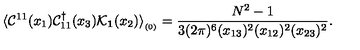
\langle { \cal C } ^ { 1 1 } ( x _ { 1 } ) { \cal C } _ { 1 1 } ^ { \dagger } ( x _ { 3 } ) { \cal K } _ { { \bf 1 } } ( x _ { 2 } ) \rangle _ { _ { ( 0 ) } } = { \frac { N ^ { 2 } - 1 } { 3 ( 2 \pi ) ^ { 6 } ( x _ { 1 3 } ) ^ { 2 } ( x _ { 1 2 } ) ^ { 2 } ( x _ { 2 3 } ) ^ { 2 } } } .